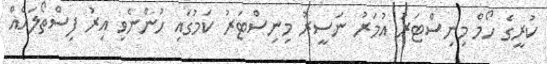
ކުރީގެ ހޯމް މިނިސްޓަރު އުމަރު ނަސީރު މިނިސްޓަރު ކަމުގައި ހުންނެވި އިރު ފިސްތޯލައެއް